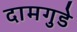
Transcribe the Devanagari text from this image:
दामगुडे